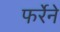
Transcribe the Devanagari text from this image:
फर्रेने